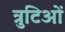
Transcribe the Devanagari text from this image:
त्रुटिओं